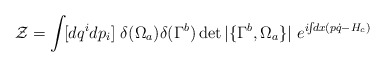
\begin{align*}{\cal Z} = \int \! [ d q^{i} d p_{i} ]~ \delta ( \Omega_{a} ) \delta ( \Gamma^{b} ) \det |\{ \Gamma^{b}, \Omega_{a} \}|~ e^{ i\!\!\int \!\! d x(p \dot{q} - H_{c})}\end{align*}